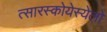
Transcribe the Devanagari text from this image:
त्सारस्कोयेस्येलो